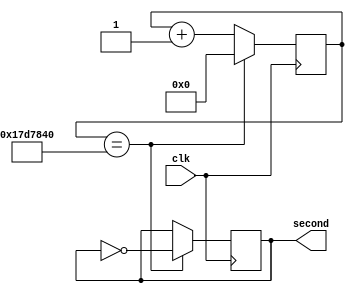
module clkmodule(clk, second);
	input clk;
	output reg second;
	
	reg [27:0] counter;
	
	always@(posedge clk) begin
		counter <= counter + 1;
		if(counter == 25_000_000)
			begin
				counter <= 0;
				second <= ~second;
			end
	end
	
endmodule